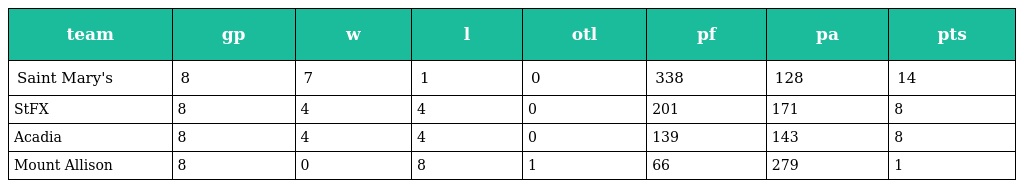
| team | gp | w | l | otl | pf | pa | pts |
 | --- | --- | --- | --- | --- | --- | --- | --- |
 | Saint Mary's | 8 | 7 | 1 | 0 | 338 | 128 | 14 |
 | StFX | 8 | 4 | 4 | 0 | 201 | 171 | 8 |
 | Acadia | 8 | 4 | 4 | 0 | 139 | 143 | 8 |
 | Mount Allison | 8 | 0 | 8 | 1 | 66 | 279 | 1 |